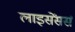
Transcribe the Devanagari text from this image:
लाइसेंसर्स